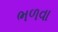
ભળવા